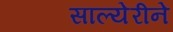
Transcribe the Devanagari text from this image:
साल्येरीने